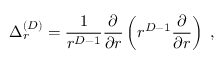
\Delta _ { r } ^ { ( { D } ) } = \frac { 1 } { r ^ { { D } - 1 } } \frac { \partial } { \partial r } \left( r ^ { { D } - 1 } \frac { \partial } { \partial r } \right) \; ,